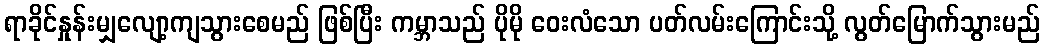
ရာခိုင်နှုန်းမျှလျော့ကျသွားစေမည် ဖြစ်ပြီး ကမ္ဘာသည် ပိုမို ဝေးလံသော ပတ်လမ်းကြောင်းသို့ လွတ်မြောက်သွားမည်